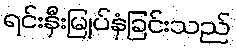
ရင်းနှီးမြုပ်နှံခြင်းသည်